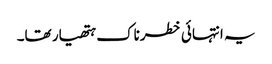
یہ انتہائی خطرناک ہتھیار تھا۔